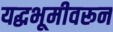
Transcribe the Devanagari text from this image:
यद्धभूमीवरून